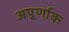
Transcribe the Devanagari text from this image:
अपूर्णाक